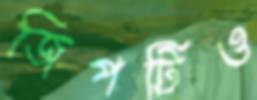
জিপটিও